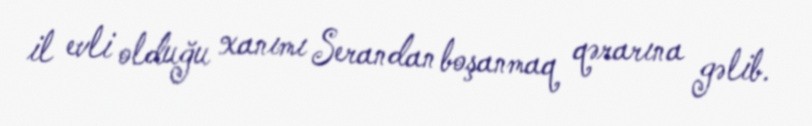
il evli olduğu xanımı Serandan boşanmaq qərarına gəlib.